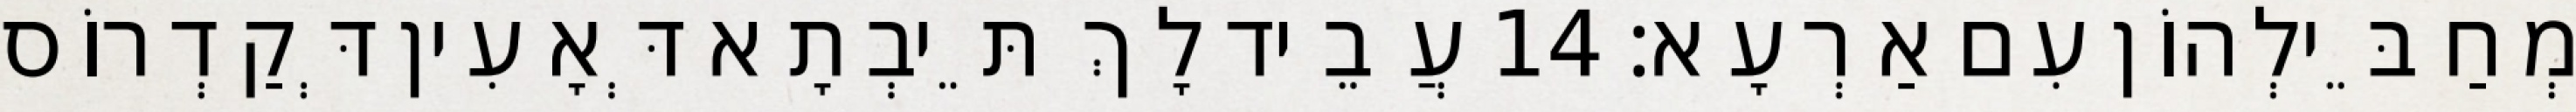
מְחַבֵּילְהוֹן עִם אַרְעָא׃ 14 עֲבֵיד לָךְ תֵּיבְתָא דְּאָעִין דְּקַדְרוֹס